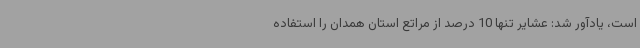
است، یادآور شد: عشایر تنها 10 درصد از مراتع استان همدان را استفاده